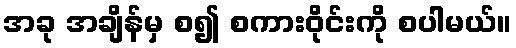
အခု အချိန်မှ စ၍ စကားဝိုင်းကို စပါမယ်။